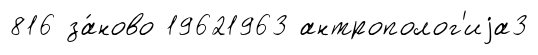
816 за́ново 19621963 антрополог'иjа3